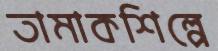
তামাকশিল্পে